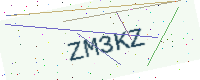
Text: ZM3KZ